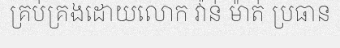
គ្រប់គ្រងដោយលោក វ៉ាន់ ម៉ាត់ ប្រធាន